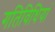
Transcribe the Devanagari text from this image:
गतिविधियां